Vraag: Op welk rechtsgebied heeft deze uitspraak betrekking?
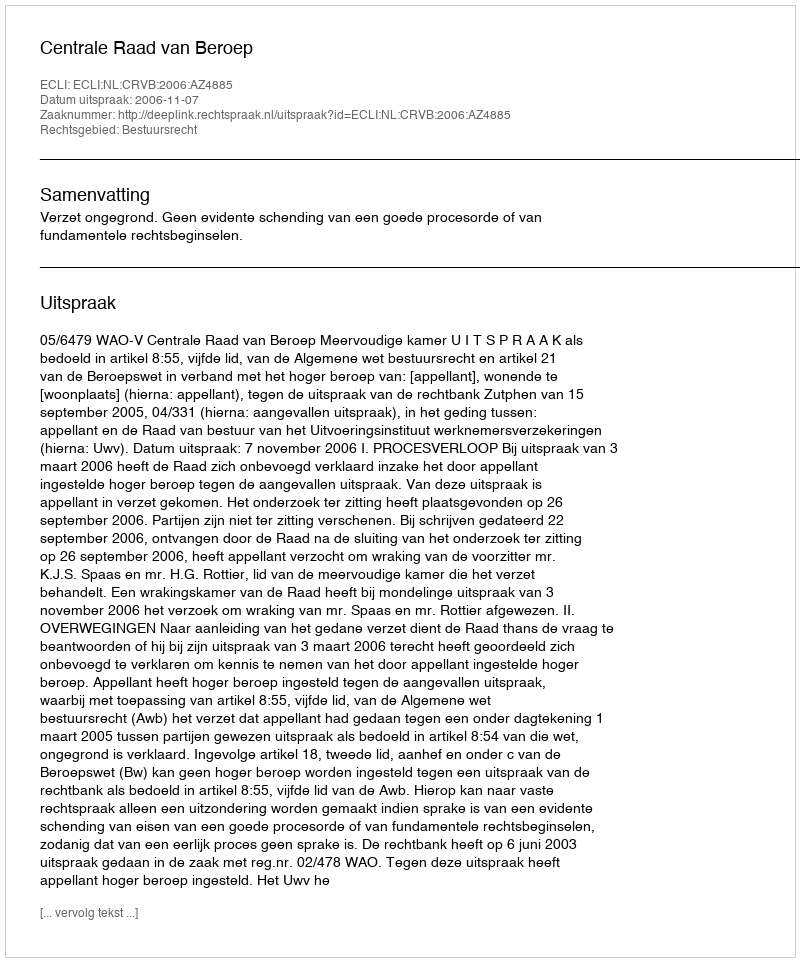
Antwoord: Bestuursrecht